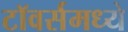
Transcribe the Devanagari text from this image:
टॉवर्समध्ये